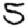
Digit: 5